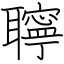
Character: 聹